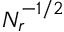
N _ { r } ^ { - 1 / 2 }